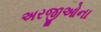
અરજીઓના